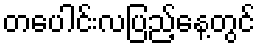
တပေါင်းလပြည့်နေ့တွင်